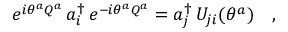
e ^ { i \theta ^ { a } Q ^ { a } } \, a _ { i } ^ { \dagger } \, e ^ { - i \theta ^ { a } Q ^ { a } } = a _ { j } ^ { \dagger } \, U _ { j i } ( \theta ^ { a } ) \ \ \ ,